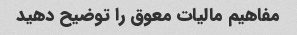
مفاهیم مالیات معوق را توضیح دهید